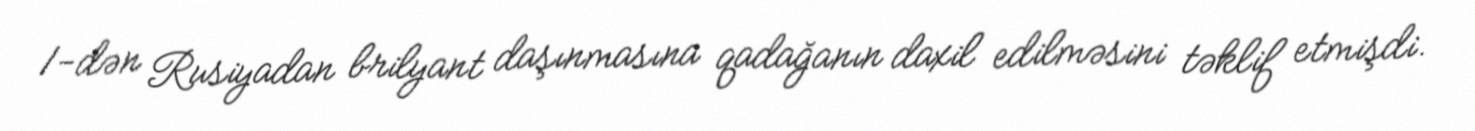
1-dən Rusiyadan brilyant daşınmasına qadağanın daxil edilməsini təklif etmişdi.